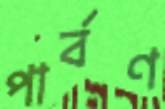
পার্বণ